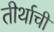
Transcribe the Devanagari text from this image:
तीर्थाची